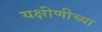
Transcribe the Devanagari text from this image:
यक्षीणीच्या